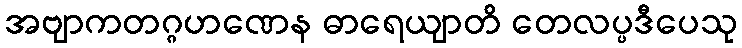
အဗျာကတဂ္ဂဟဏေန ဓာရေယျာတိ တေလပ္ပဒီပေသု